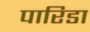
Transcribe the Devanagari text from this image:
पारिडा